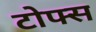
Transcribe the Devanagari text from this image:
टोफ्स